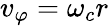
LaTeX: v_{\varphi}=\omega_{c}r